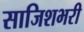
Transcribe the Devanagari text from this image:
साजिशभरी